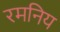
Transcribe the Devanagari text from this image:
रमनिय